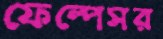
ফেল্পেসর